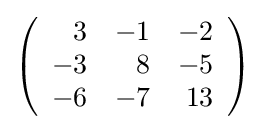
{\textstyle \left({\begin{array}{rrr}3&-1&-2\\-3&8&-5\\-6&-7&13\\\end{array}}\right)}